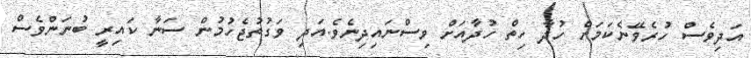
އަދިވެސް ހުރެވޭނެކަމަށް ހުދާ ހިތް ހުދާއަށް ވިސްނައިދިނެވެ.އަދި ވަގުތުޖެހުމުން ސަނާ ކައިރީ ބުނަންވެސް